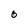
Character: 0